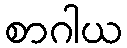
စာဂါယ